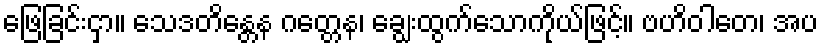
ဖြေခြင်းငှာ။ သေဒတိန္တေန ဂတ္တေန၊ ချွေးထွက်သောကိုယ်ဖြင့်။ ဗဟိဝါတေ၊ အပ